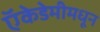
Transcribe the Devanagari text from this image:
ऍकेडेमीमधून